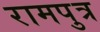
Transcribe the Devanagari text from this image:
रामपुत्र